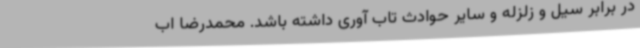
در برابر سیل و زلزله و سایر حوادث تاب آوری داشته باشد. محمدرضا اب